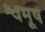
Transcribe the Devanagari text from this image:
श्वमूष